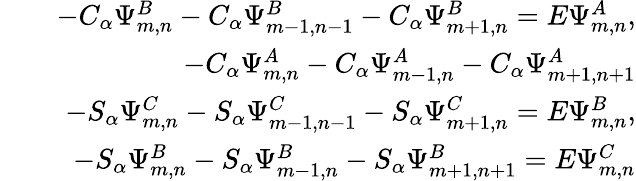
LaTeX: \begin{array}{rlr}&{}&{-C_{\alpha}\Psi_{m,n}^{B}-C_{\alpha}\Psi_{m-1,n-1}^{B}-C_{\alpha}\Psi_{m+1,n}^{B}=E\Psi_{m,n}^{A},}\\ &{}&{-C_{\alpha}\Psi_{m,n}^{A}-C_{\alpha}\Psi_{m-1,n}^{A}-C_{\alpha}\Psi_{m+1,n+1}^{A}}\\ &{}&{-S_{\alpha}\Psi_{m,n}^{C}-S_{\alpha}\Psi_{m-1,n-1}^{C}-S_{\alpha}\Psi_{m+1,n}^{C}=E\Psi_{m,n}^{B},}\\ &{}&{-S_{\alpha}\Psi_{m,n}^{B}-S_{\alpha}\Psi_{m-1,n}^{B}-S_{\alpha}\Psi_{m+1,n+1}^{B}=E\Psi_{m,n}^{C}}\end{array}